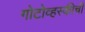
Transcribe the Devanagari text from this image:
गोटोव्हस्कीची